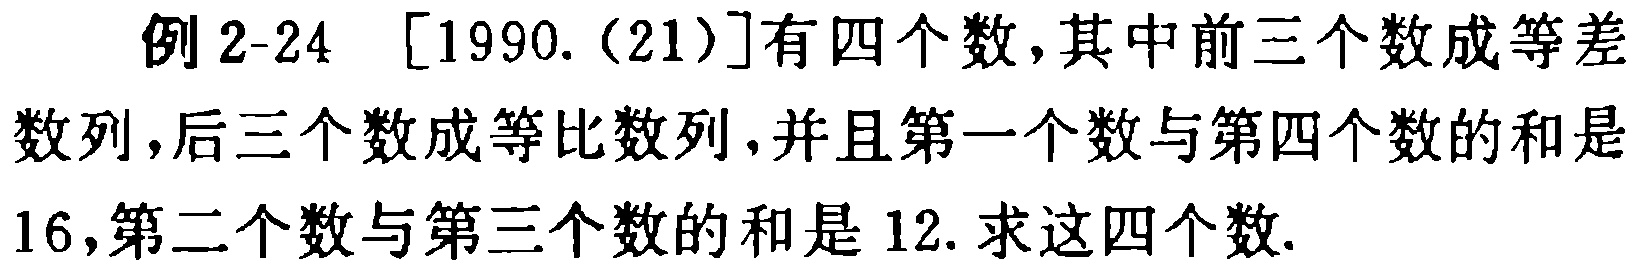
例 2-24 [1990.(21)]有四个数,其中前三个数成等差数列,后三个数成等比数列,并且第一个数与第四个数的和是16,第二个数与第三个数的和是12.求这四个数.